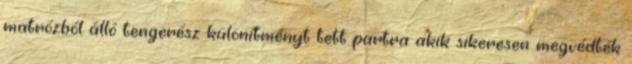
matrózból álló tengerész különítményt tett partra akik sikeresen megvédték